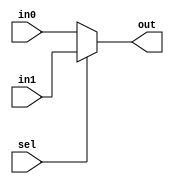
module mux2 (input wire [3:0]in0,
				input wire [3:0]in1,
				input wire sel,
				output wire [3:0]out
				);
				  
assign out = sel ? in1 : in0;
endmodule